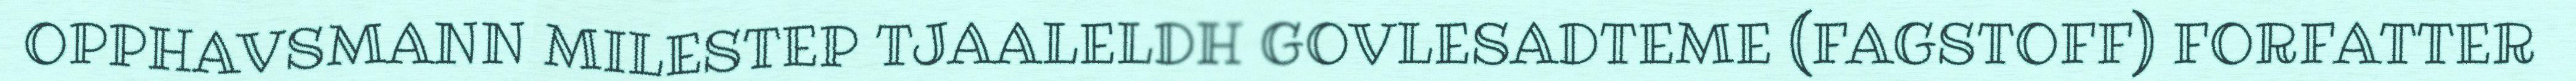
OPPHAVSMANN MILESTEP TJAALELDH GOVLESADTEME (FAGSTOFF) FORFATTER